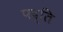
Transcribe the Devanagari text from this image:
पद्ति